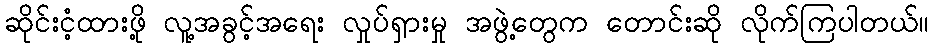
ဆိုင်းငံ့ထားဖို့ လူ့အခွင့်အရေး လှုပ်ရှားမှု အဖွဲ့တွေက တောင်းဆို လိုက်ကြပါတယ်။